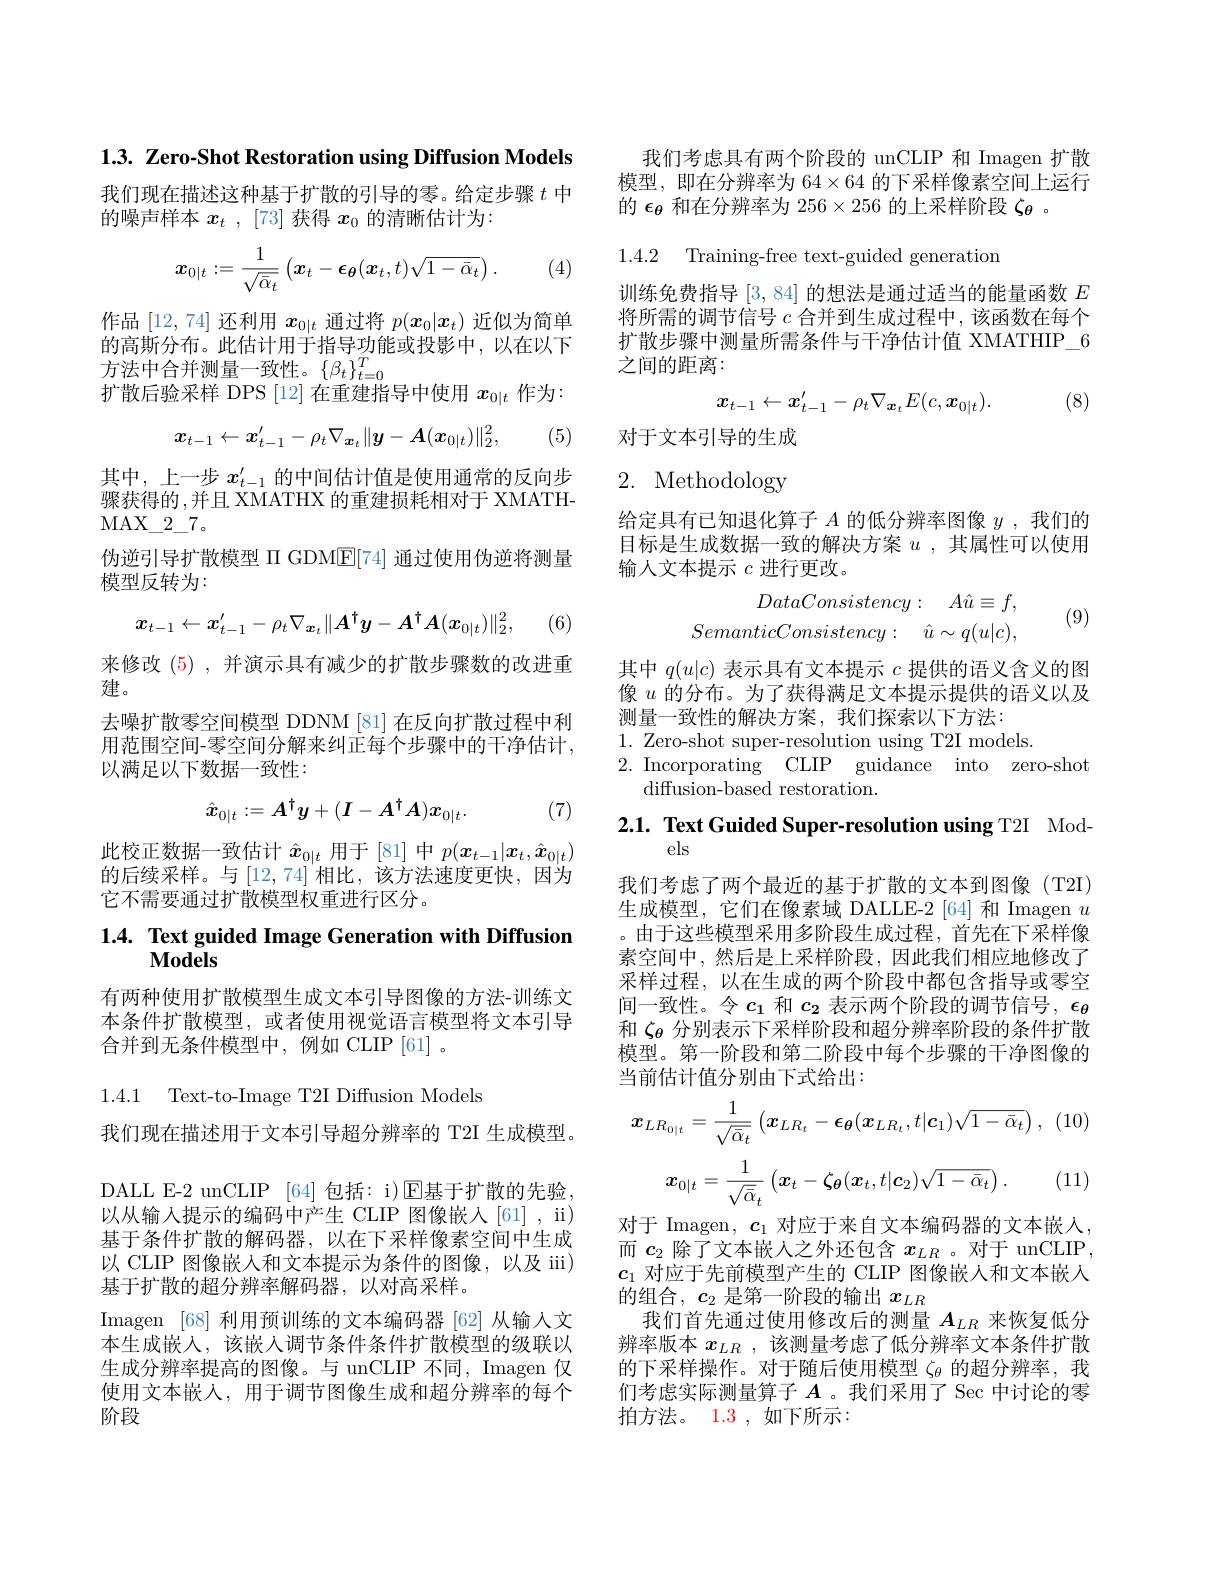
$1. 3. \textbf{ Zero- Shot Restoration using Diffusion Models}$

我们现在描述这种基于扩散的引导的零。给定步骤$t$中
的噪声样本$x_t$, [73] 获得$x_0$的清晰估计为：

(4)
$$\boldsymbol{x}_{0|t}:=\frac{1}{\sqrt{\bar{\alpha}_{t}}}\left(\boldsymbol{x}_{t}-\boldsymbol{\epsilon}_{\boldsymbol{\theta}}(\boldsymbol{x}_{t},t)\sqrt{1-\bar{\alpha}_{t}}\right).$$
作品 [12,74] 还利用$x_0|t$通过将$p(x_0|x_t)$近似为简单的高斯分布。此估计用于指导功能或投影中，以在以下方法中合并测量一致性。$\{\beta_t\}_{t=0}^T$
扩散后验采样 DPS [12]在重建指导中使用$x_0|t$作为：
$$x_{t-1}\leftarrow x_{t-1}'-\rho_t\nabla_{\boldsymbol{x}_t}\|\boldsymbol{y}-\boldsymbol{A}(\boldsymbol{x}_{0|t})\|_2^2,$$
(5)

其中，上一步$x_{t-1}^{\prime}$的中间估计值是使用通常的反向步骤获得的 ,并且 XMATHX 的重建损耗相对于 XMATHMAX$\_$2$\_$7。
伪逆引导扩散模型$\Pi$ GDME[74]通过使用伪逆将测量
模型反转为：
$$x_{t-1}\leftarrow x_{t-1}'-\rho_t\nabla_{\boldsymbol{x}_t}\|\boldsymbol{A}^\dagger\boldsymbol{y}-\boldsymbol{A}^\dagger\boldsymbol{A}(\boldsymbol{x}_{0|t})\|_2^2,$$
(6)

来修改(5),并演示具有减少的扩散步骤数的改进重
建。
去噪扩散零空间模型 DDNM [81] 在反向扩散过程中利用范围空间-零空间分解来纠正每个步骤中的干净估计， 以满足以下数据一致性：
$$\hat{\boldsymbol{x}}_{0|t}:=\boldsymbol{A}^\dagger\boldsymbol{y}+(\boldsymbol{I}-\boldsymbol{A}^\dagger\boldsymbol{A})\boldsymbol{x}_{0|t}.$$
(7)

此校正数据一致估计$\hat{x}_{0|t}$用于 [81]中$p(\boldsymbol x_t-1|\boldsymbol{x}_t,\hat{\boldsymbol{x}}_{0|t})$ 的后续采样。与[12,74] 相比，该方法速度更快，因为它不需要通过扩散模型权重进行区分。

# 1.4. $\textbf{Text guided Image Generation with Diffusion}$

有两种使用扩散模型生成文本引导图像的方法-训练文本条件扩散模型，或者使用视觉语言模型将文本引导合并到无条件模型中，例如 CLIP[61] 。

1.4.1 Text-to-Image T2I Diffusion Models

我们现在描述用于文本引导超分辨率的 T2I 生成模型。DALL E-2 unCLIP [64]包括：i)$\operatorname{E}$基于扩散的先验， 以从输入提示的编码中产生 CLIP 图像嵌人[61] , ii) 基于条件扩散的解码器，以在下采样像素空间中生成以 CLIP 图像嵌人和文本提示为条件的图像，以及 iii) 基于扩散的超分辨率解码器，以对高采样。
Imagen [68]利用预训练的文本编码器 [62]从输入文本生成嵌人，该嵌入调节条件条件扩散模型的级联以生成分辨率提高的图像。与 unCLIP 不同，Imagen 仅使用文本嵌入，用于调节图像生成和超分辨率的每个阶段

我们考虑具有两个阶段的 unCLIP 和 Imagen 扩散模型，即在分辨率为$64\times64$的下采样像素空间上运行的$\epsilon_{\theta}$和在分辨率为 256$\times256$的上采样阶段$\zeta_{\theta}$ 。

1.4.2 Training-free text-guided generation

训练免费指导[3,84]的想法是通过适当的能量函数$E$ 将所需的调节信号$c$合并到生成过程中，该函数在每个扩散步骤中测量所需条件与干净估计值 XMATHIP\_6之间的距离：

(8)
$$x_{t-1}\leftarrow x_{t-1}^{\prime}-\rho_{t}\nabla_{\boldsymbol{x}_{t}}E(c,\boldsymbol{x}_{0|t}).$$
对于文本引导的生成

2. Methodology

给定具有已知退化算子$A$的低分辨率图像$y$,我们的目标是生成数据一致的解决方案$u$ ,其属性可以使用输人文本提示$c$进行更改。
$$\begin{aligned}DataConsistency:\quad A\hat{u}\equiv f,\\SemanticConsistency:\quad\hat{u}\sim q(u|c),\end{aligned}$$
(9)

其中$q(u|c)$表示具有文本提示$c$提供的语义含义的图像$u$的分布。为了获得满足文本提示提供的语义以及测量一致性的解决方案，我们探索以下方法：
1. Zero-shot super-resolution using T2I models.
2. Incorporating CLIP guidance into zero-shot
diffusion-based restoration.

## $2. 1. \textbf{ Text Guided Super- resolution using T2I}{\mathrm{Mod- }}$ els

我们考虑了两个最近的基于扩散的文本到图像(T2I) 生成模型，它们在像素域 DALLE-2 [64] 和 Imagen $u$ 。由于这些模型采用多阶段生成过程，首先在下采样像素空间中，然后是上采样阶段，因此我们相应地修改了采样过程，以在生成的两个阶段中都包含指导或零空间一致性。令$c_1$和$c_2$表示两个阶段的调节信号，$\epsilon_{\theta}$ 和$\zeta_{\boldsymbol{\theta}}$分别表示下采样阶段和超分辨率阶段的条件扩散模型。第一阶段和第二阶段中每个步骤的干净图像的当前估计值分别由下式给出：
$$\boldsymbol{x}_{LR_{0|t}}=\frac{1}{\sqrt{\bar{\alpha}_{t}}}\begin{pmatrix}\boldsymbol{x}_{LR_{t}}-\boldsymbol{\epsilon}_{\boldsymbol{\theta}}(\boldsymbol{x}_{LR_{t}},t|\boldsymbol{c}_{1})\sqrt{1-\bar{\alpha}_{t}}\end{pmatrix},$$
$$\boldsymbol{x}_{0|t}=\frac{1}{\sqrt{\bar{\alpha}}_{t}}\left(\boldsymbol{x}_{t}-\boldsymbol{\zeta}_{\boldsymbol{\theta}}(\boldsymbol{x}_{t},t|\boldsymbol{c}_{2})\sqrt{1-\bar{\alpha}_{t}}\right).$$
(11)

对于 Imagen, $\boldsymbol{c}_1$对应于来自文本编码器的文本嵌人而$c_2$除了文本嵌人之外还包含$x_LR$ 。对于 unCLIP, $c_1$对应于先前模型产生的 CLIP 图像嵌人和文本嵌入的组合，$c_2$是第一阶段的输出$x_LR$
我们首先通过使用修改后的测量$A_{LR}$来恢复低分辨率版本$x_{LR}$ ,该测量考虑了低分辨率文本条件扩散的下采样操作。对于随后使用模型$\zeta_\mathrm{\theta}$的超分辨率，我们考虑实际测量算子$A$ 。我们采用了 Sec 中讨论的零拍 方 法 。 1.3 ,如下所示：